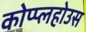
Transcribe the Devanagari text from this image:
कोप्प्लहोउस